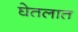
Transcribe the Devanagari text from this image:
घेतलात